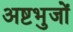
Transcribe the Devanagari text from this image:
अष्टभुजों